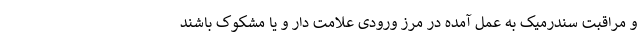
و مراقبت سندرمیک به عمل آمده در مرز ورودی علامت دار و یا مشکوک باشند